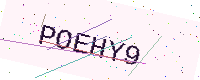
Text: POEHY9